Civil Veterinary Dept. Bombay admin report 1900-1906 - 1900-1906
Year: 1900
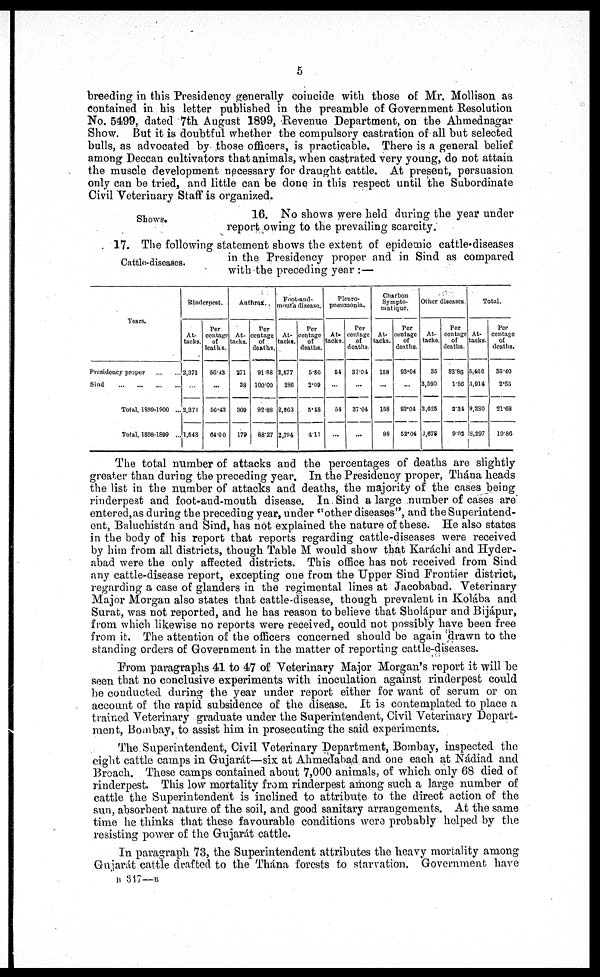
5
breeding in this Presidency generally coincide with those of Mr. Mollison as
contained in his letter published in the preamble of Government Resolution
No. 5499, dated 7th August 1899, Revenue Department, on the Ahmednagar
Show. But it is doubtful whether the compulsory castration of all but selected
bulls, as advocated by those officers, is practicable. There is a general belief
among Deccan cultivators that animals, when castrated very young, do not attain
the muscle development necessary for draught cattle. At present, persuasion
only can be tried, and little can be done in this respect until the Subordinate
Civil Veterinary Staff is organized.
Shows.
16. No shows were held during the year under
report owing to the prevailing scarcity.
Cattle-diseases.
17. The following statement shows the extent of epidemic cattle-diseases
in the Presidency proper and in Sind as compared
with the preceding year : —
Years.
Presidency proper
...
...
Sind
...
...
...
...
Total, 1899-1900 ...
Total, 1898-1899 ...
Rinderpest.
At-
tacks.
2,371
...
2,371
1,548
Per
centage
of
deaths.
56.43
...
56.43
64.00
Anthrax.
At-
tacks.
271
38
309
179
Per
centage
of
deaths.
91.88
100.00
92.88
88.27
Foot-and-
mouth disease.
At-
tacks.
2,577
286
2,863
2,794
Per
centage
of
deaths.
5.86
2.09
5.48
4.11
Pleuro-
pneumonia.
At-
tacks.
54
...
54
...
Per
centage
of
deaths.
37.04
...
37.04
...
Charbon
Sympto-
matique.
At-
tacks.
158
...
158
98
Per
centage
of
deaths.
93.04
...
93.04
52.04
Other diseases.
At-
tacks.
35
3,590
3,625
3,678
Per
centage
of
deaths.
82.86
1.56
2.34
9.02
Total.
At-
tacks.
5,466
3,914
9,380
8,297
Per
centage
of
deaths.
35.40
2.55
21.68
19.86
The total number of attacks and the percentages of deaths are slightly
greater than during the preceding year. In the Presidency proper, Thána heads
the list in the number of attacks and deaths, the majority of the cases being
rinderpest and foot-and-mouth disease. In Sind a large number of cases are
entered,as during the preceding year, under "other diseases", and the Superintend-
ent, Baluchistán and Sind, has not explained the nature of these. He also states
in the body of his report that reports regarding cattle-diseases were received
by him from all districts, though Table M would show that Karáchi and Hyder-
abad were the only affected districts. This office has not received from Sind
any cattle-disease report, excepting one from the Upper Sind Frontier district,
regarding a case of glanders in the regimental lines at Jacobabad. Veterinary
Major Morgan also states that cattle-disease, though prevalent in Kolába and
Surat, was not reported, and he has reason to believe that Sholápur and Bijápur,
from which likewise no reports were received, could not possibly have been free
from it. The attention of the officers concerned should be again drawn to the
standing orders of Government in the matter of reporting cattle-diseases.
From paragraphs 41 to 47 of Veterinary Major Morgan's report it will be
seen that no conclusive experiments with inoculation against rinderpest could
be conducted during the year under report either for want of serum or on
account of the rapid subsidence of the disease. It is contemplated to place a
trained Veterinary graduate under the Superintendent, Civil Veterinary Depart-
ment, Bombay, to assist him in prosecuting the said experiments.
The Superintendent, Civil Veterinary Department, Bombay, inspected the
eight cattle camps in Gujarát—six at Ahmedabad and one each at Nádiad and
Broach. These camps contained about 7,000 animals, of which only 68 died of
rinderpest. This low mortality from rinderpest among such a large number of
cattle the Superintendent is inclined to attribute to the direct action of the
sun, absorbent nature of the soil, and good sanitary arrangements. At the same
time he thinks that these favourable conditions were probably helped by the
resisting power of the Gujarát cattle.
In paragraph 73, the Superintendent attributes the heavy mortality among
Gujarát cattle drafted to the Thána forests to starvation. Government have
B 347—B